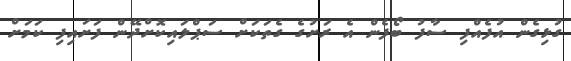
ގުޅިގެން އުފެއްފި ސާފު ބޯފެން އެ ރަށުގެ ގެތަކަށް ސަޕްލައިކޮށްދޭން ފަށައިފި ކަމަށް